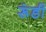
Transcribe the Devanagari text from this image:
रूंडी